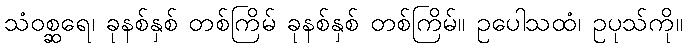
သံဝစ္ဆရေ၊ ခုနစ်နှစ် တစ်ကြိမ် ခုနစ်နှစ် တစ်ကြိမ်။ ဥပေါသထံ၊ ဥပုသ်ကို။